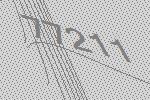
77211